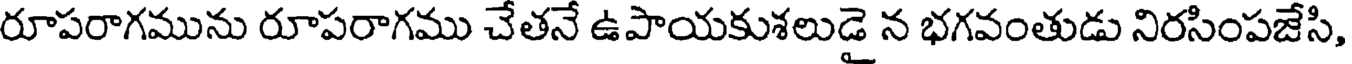
రూపరాగమును రూపరాగము చేతనే ఉపాయకుశలుడై న భగవంతుడు నిరసింపజేసి,